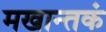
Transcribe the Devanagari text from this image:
मखान्तकं